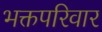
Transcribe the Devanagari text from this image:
भक्तपरिवार